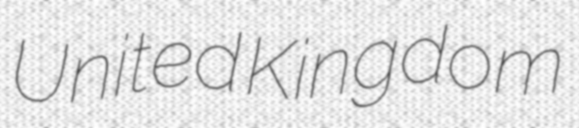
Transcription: United Kingdom